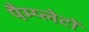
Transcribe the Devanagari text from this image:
पैम्प्लेटों